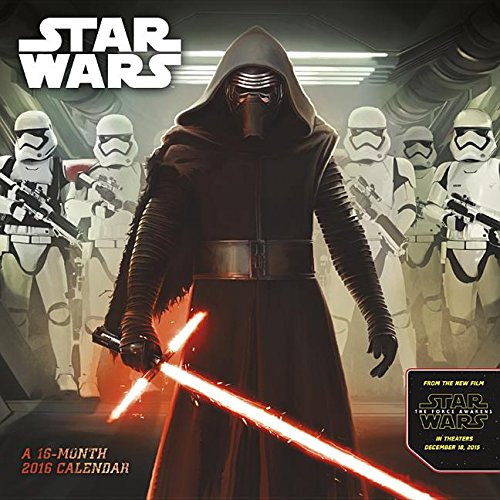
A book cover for Star Wars Episode VII 2016 Wall Calendar; Trends International; Calendars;